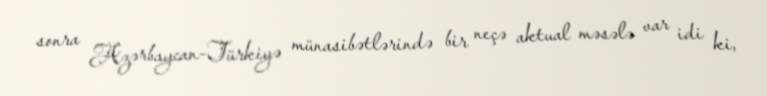
sonra Azərbaycan-Türkiyə münasibətlərində bir neçə aktual məsələ var idi ki,